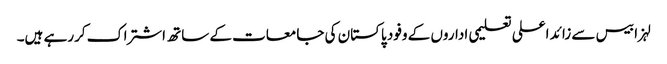
لہزا بیس سے زائد اعلی تعلیمی اداروں کے وفود پاکستان کی جامعات کے ساتھ اشتراک کررہے ہیں۔